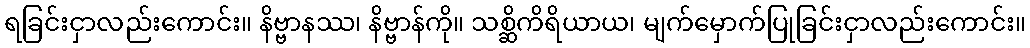
ရခြင်းငှာလည်းကောင်း။ နိဗ္ဗာနဿ၊ နိဗ္ဗာန်ကို။ သစ္ဆိကိရိယာယ၊ မျက်မှောက်ပြုခြင်းငှာလည်းကောင်း။